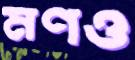
মণও